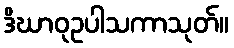
ဒိဃာဝုဥပါသကာသုတ်။